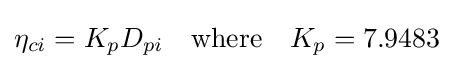
\eta _{ci}=K_{p}D_{pi}\quad {\text{where}}\quad K_{p}=7.9483